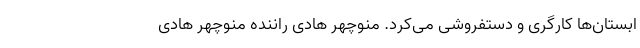
ابستان‌ها کارگری و دستفروشی می‌کرد. منوچهر هادی راننده منوچهر هادی